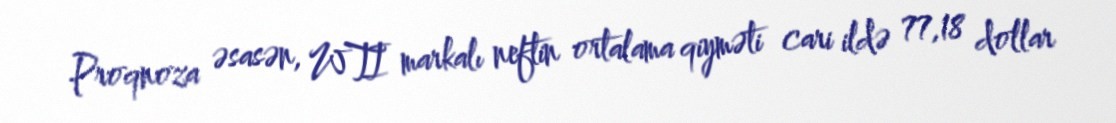
Proqnoza əsasən, WTI markalı neftin ortalama qiyməti cari ildə 77,18 dollar